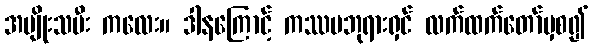
အမျိုးသမီး ကလေး။ ဒါနကြောင့် ကဿပဘုရားရှင် လက်ထက်တော်မှစ၍